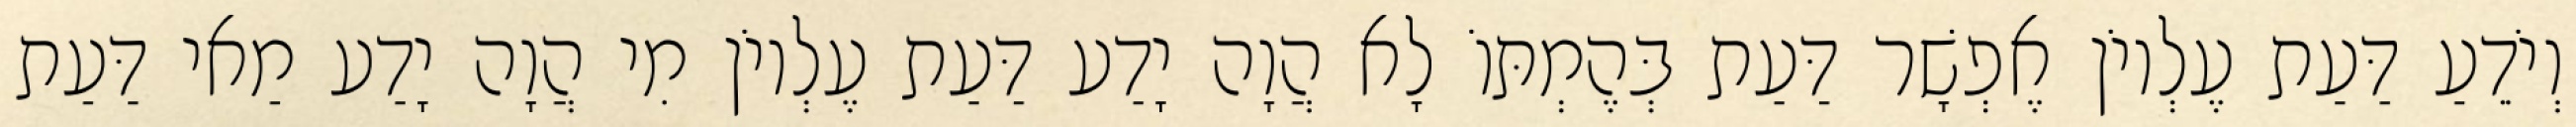
וְיֹדֵעַ דַּעַת עֶלְיוֹן אֶפְשָׁר דַּעַת בְּהֶמְתּוֹ לָא הֲוָה יָדַע דַּעַת עֶלְיוֹן מִי הֲוָה יָדַע מַאי דַּעַת